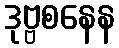
ဒုဗ္ဗစနေန